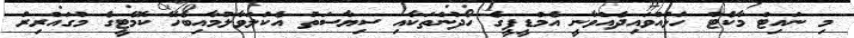
މި ނައިޓް މާކެޓް ހުޅުއްވައިދެއްވާނީ އެމްޑީޕީގެ ހޯދުންތަކާއި ސިޔާސަތު އެކުލަވާލުމާއިބެހޭ ކޮމެޓީގެ މުގައްރިރު